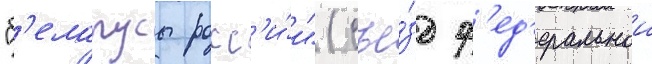
"б'еларусы росс'и́и" (съе́зд ф'ед'еральнои